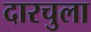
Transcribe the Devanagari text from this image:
दारचुला